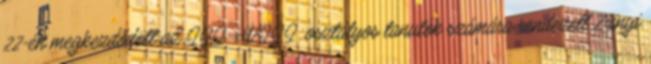
22-én megkezdődött az III—VIII. osztályos tanulók számára rendezett Zrinyi